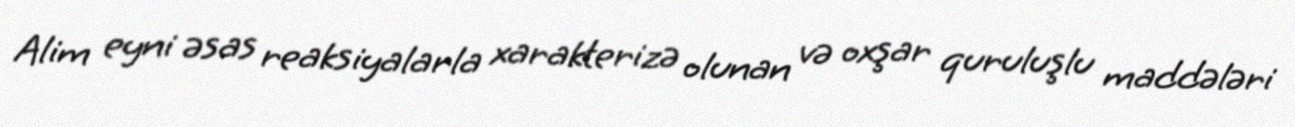
Alim eyni əsas reaksiyalarla xarakterizə olunan və oxşar quruluşlu maddələri